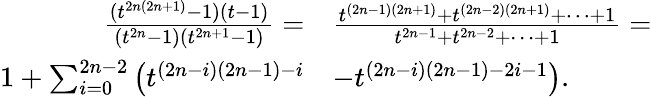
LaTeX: \begin{array}{rl}{\frac{(t^{2n(2n+1)}-1)(t-1)}{(t^{2n}-1)(t^{2n+1}-1)}=}&{\frac{t^{(2n-1)(2n+1)}+t^{(2n-2)(2n+1)}+\cdots+1}{t^{2n-1}+t^{2n-2}+\cdots+1}=}\\ {1+\sum_{i=0}^{2n-2}\big(t^{(2n-i)(2n-1)-i}}&{-t^{(2n-i)(2n-1)-2i-1}\big).}\end{array}